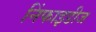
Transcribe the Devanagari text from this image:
निंफाइडीज